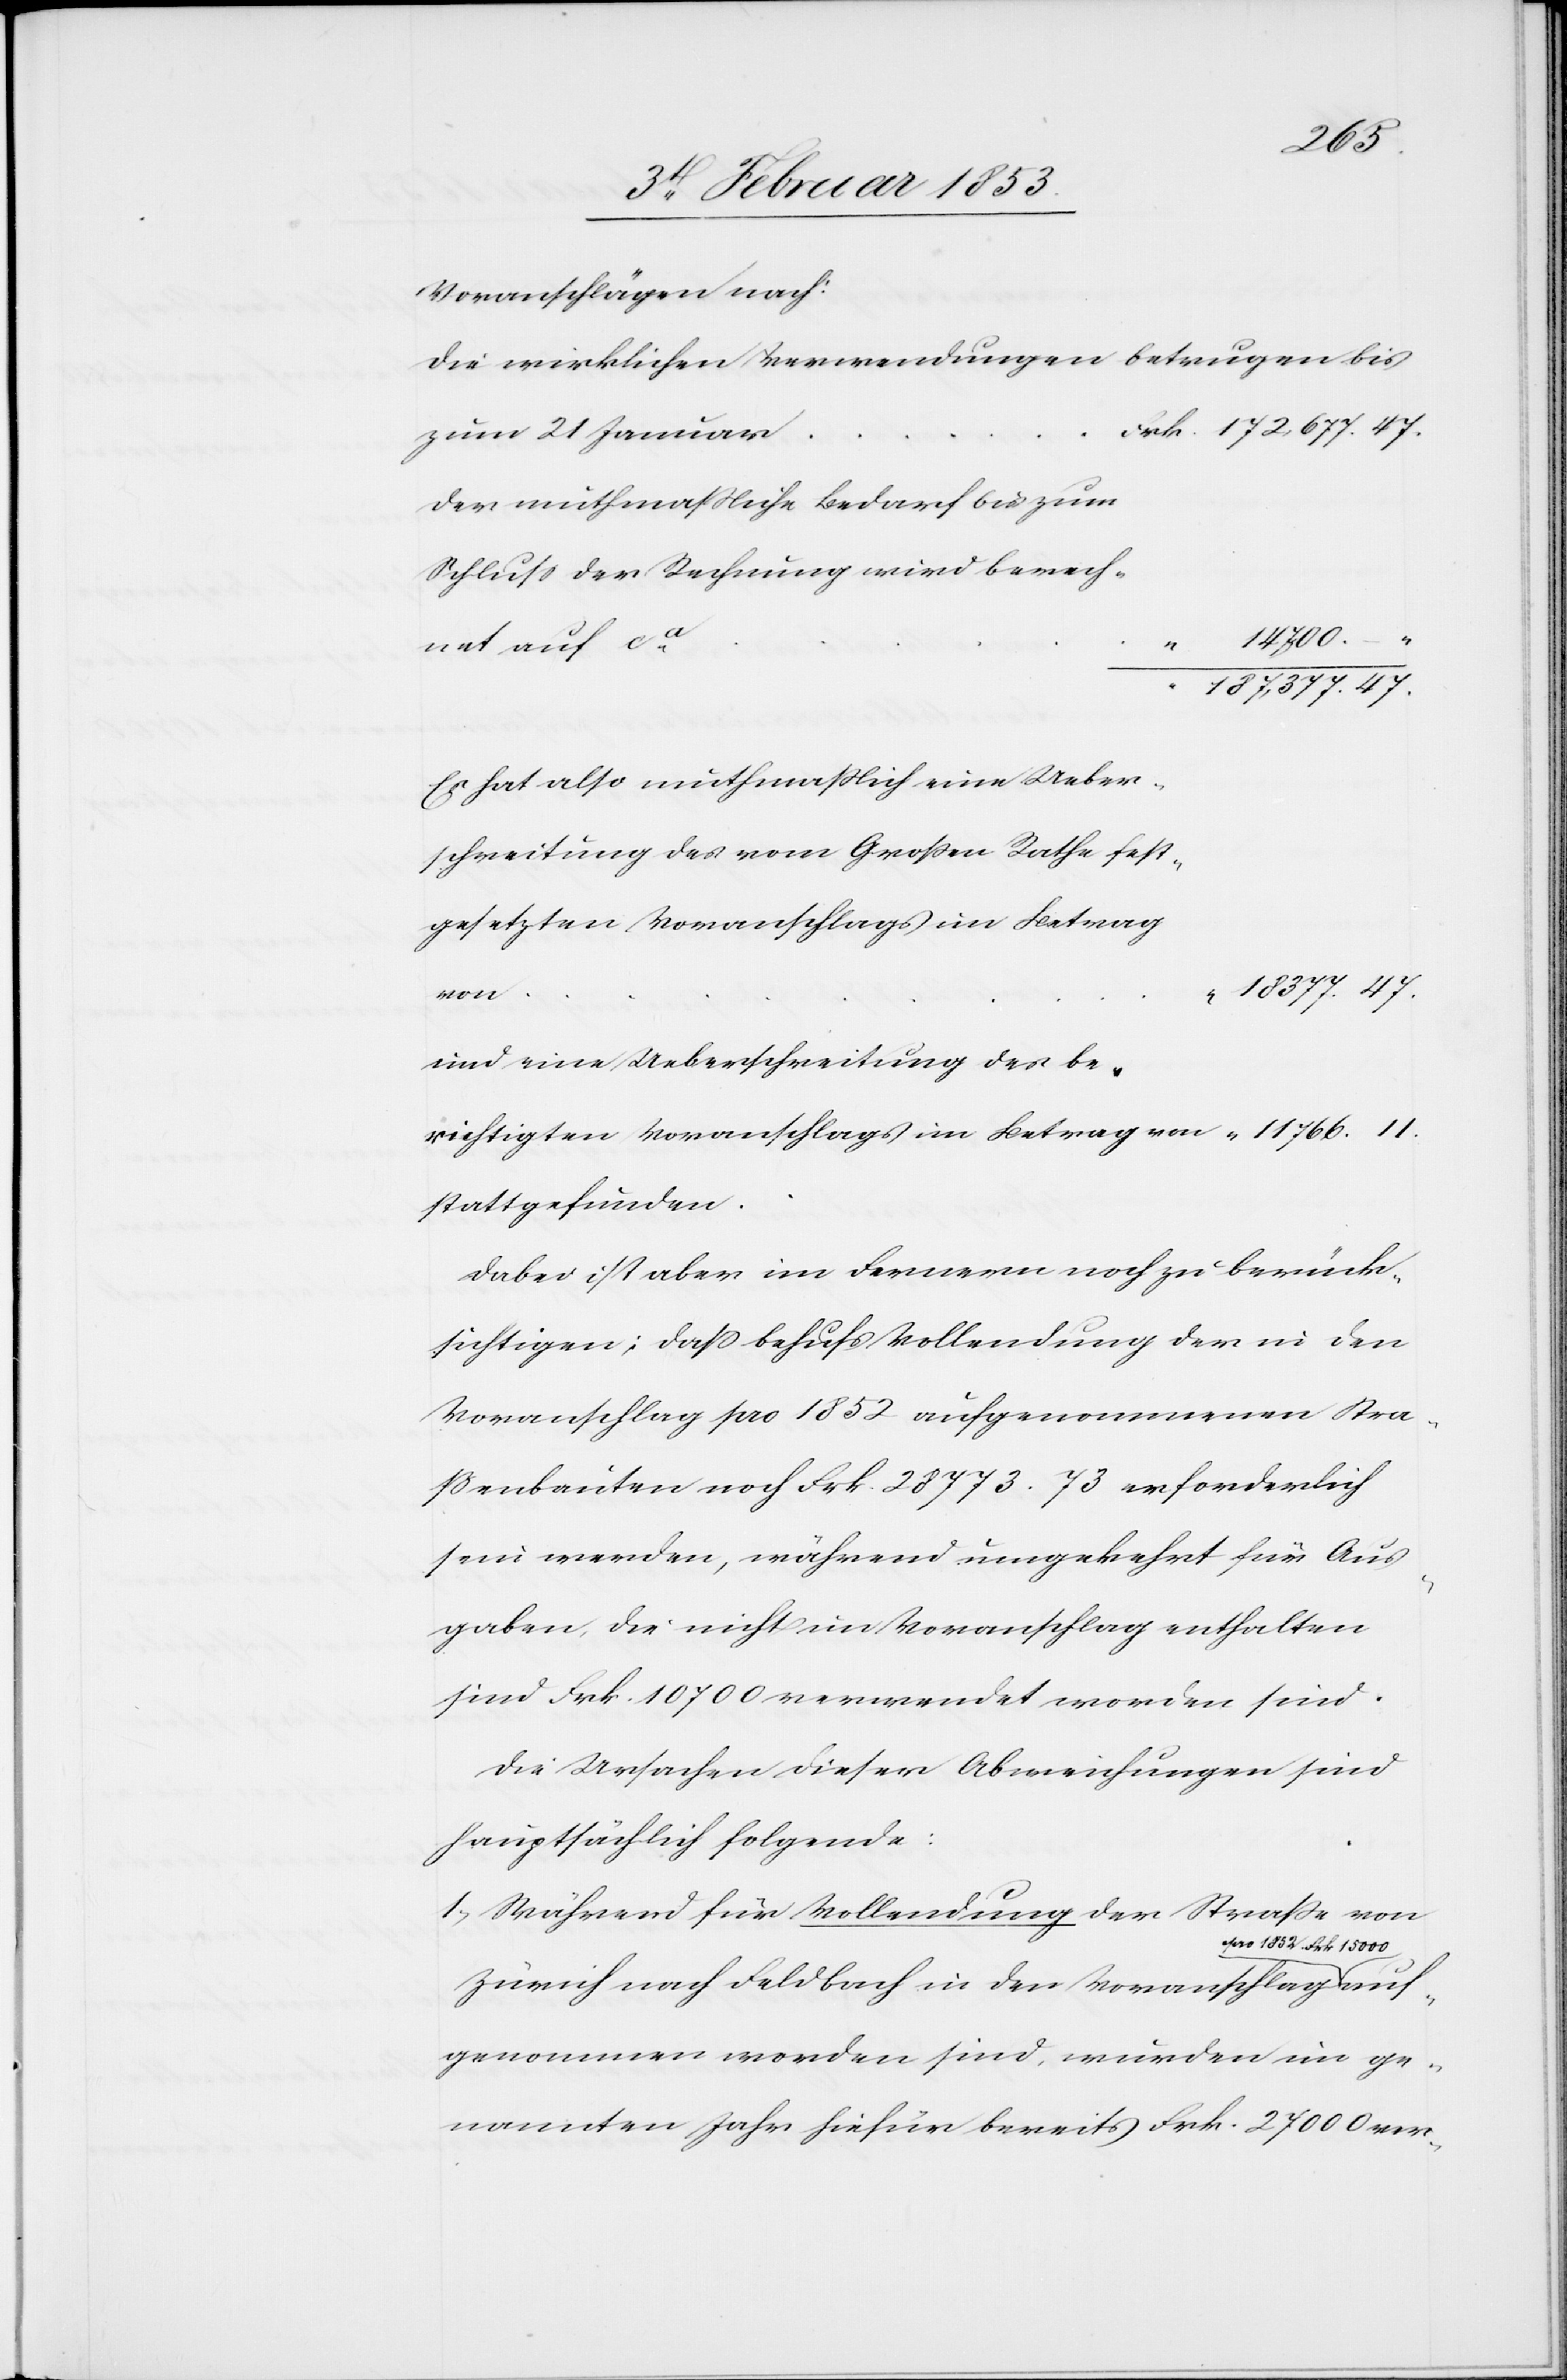
Voranschlägen nach:
Die wirklichen Verwendungen betrugen bis
r	Frk. 172,677.47.
zum 21 Janua¬
der muthmaßliche Bedarf bis zum
“	187,377.47.
Er hat also muthmaßlich eine Ueber¬
gesetzten Voranschlags im Betrag
“	18,377.47.
auf¬
und eine Ueberschreitung des be¬
stattgefunden.
Dabei ist aber im Fernern noch zu berück¬
sichtigen; daß behufs Vollendung der in den
Voranschlag pro 1852 aufgenommenen Stra¬
ßenbauten noch Frk. 28,773.73 erforderlich
sein werden, während umgekehrt für Aus¬
gaben, die nicht im Voranschlag enthalten
sind Frk. 10,700 verwendet worden sind.
Die Ursachen dieser Abweichungen sind
hauptsächlich folgende:
1) Während für Vollendung der Straße von
von 1852 Frk. 15,000
Zürich nach Feldbach in den Voranschlag
genommen worden sind, wurden im ge¬
nannten Jahr hiefür bereits Frk. 27, 000 ver-